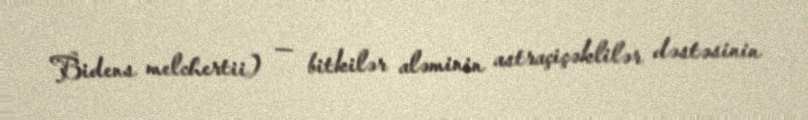
Bidens melchertii) — bitkilər aləminin astraçiçəklilər dəstəsinin